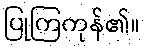
ပြုကြကုန်၏။